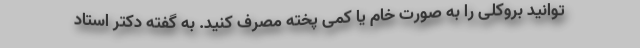
توانید بروکلی را به صورت خام یا کمی پخته مصرف کنید. به گفته دکتر استاد